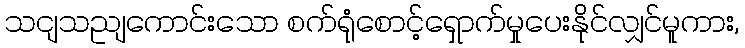
သငျသညျကောင်းသော စက်ရုံစောင့်ရှောက်မှုပေးနိုင်လျှင်မူကား,